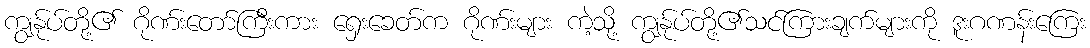
ကျွန်ုပ်တို့၏ ဂိုဏ်းတော်ကြီးကား ရှေးခေတ်က ဂိုဏ်းများ ကဲ့သို့ ကျွန်ုပ်တို့၏သင်ကြားချက်များကို ဒူးဂဏန်းကြေး